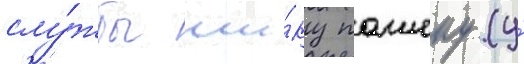
слу́жбы ши́ку пашеку (у́